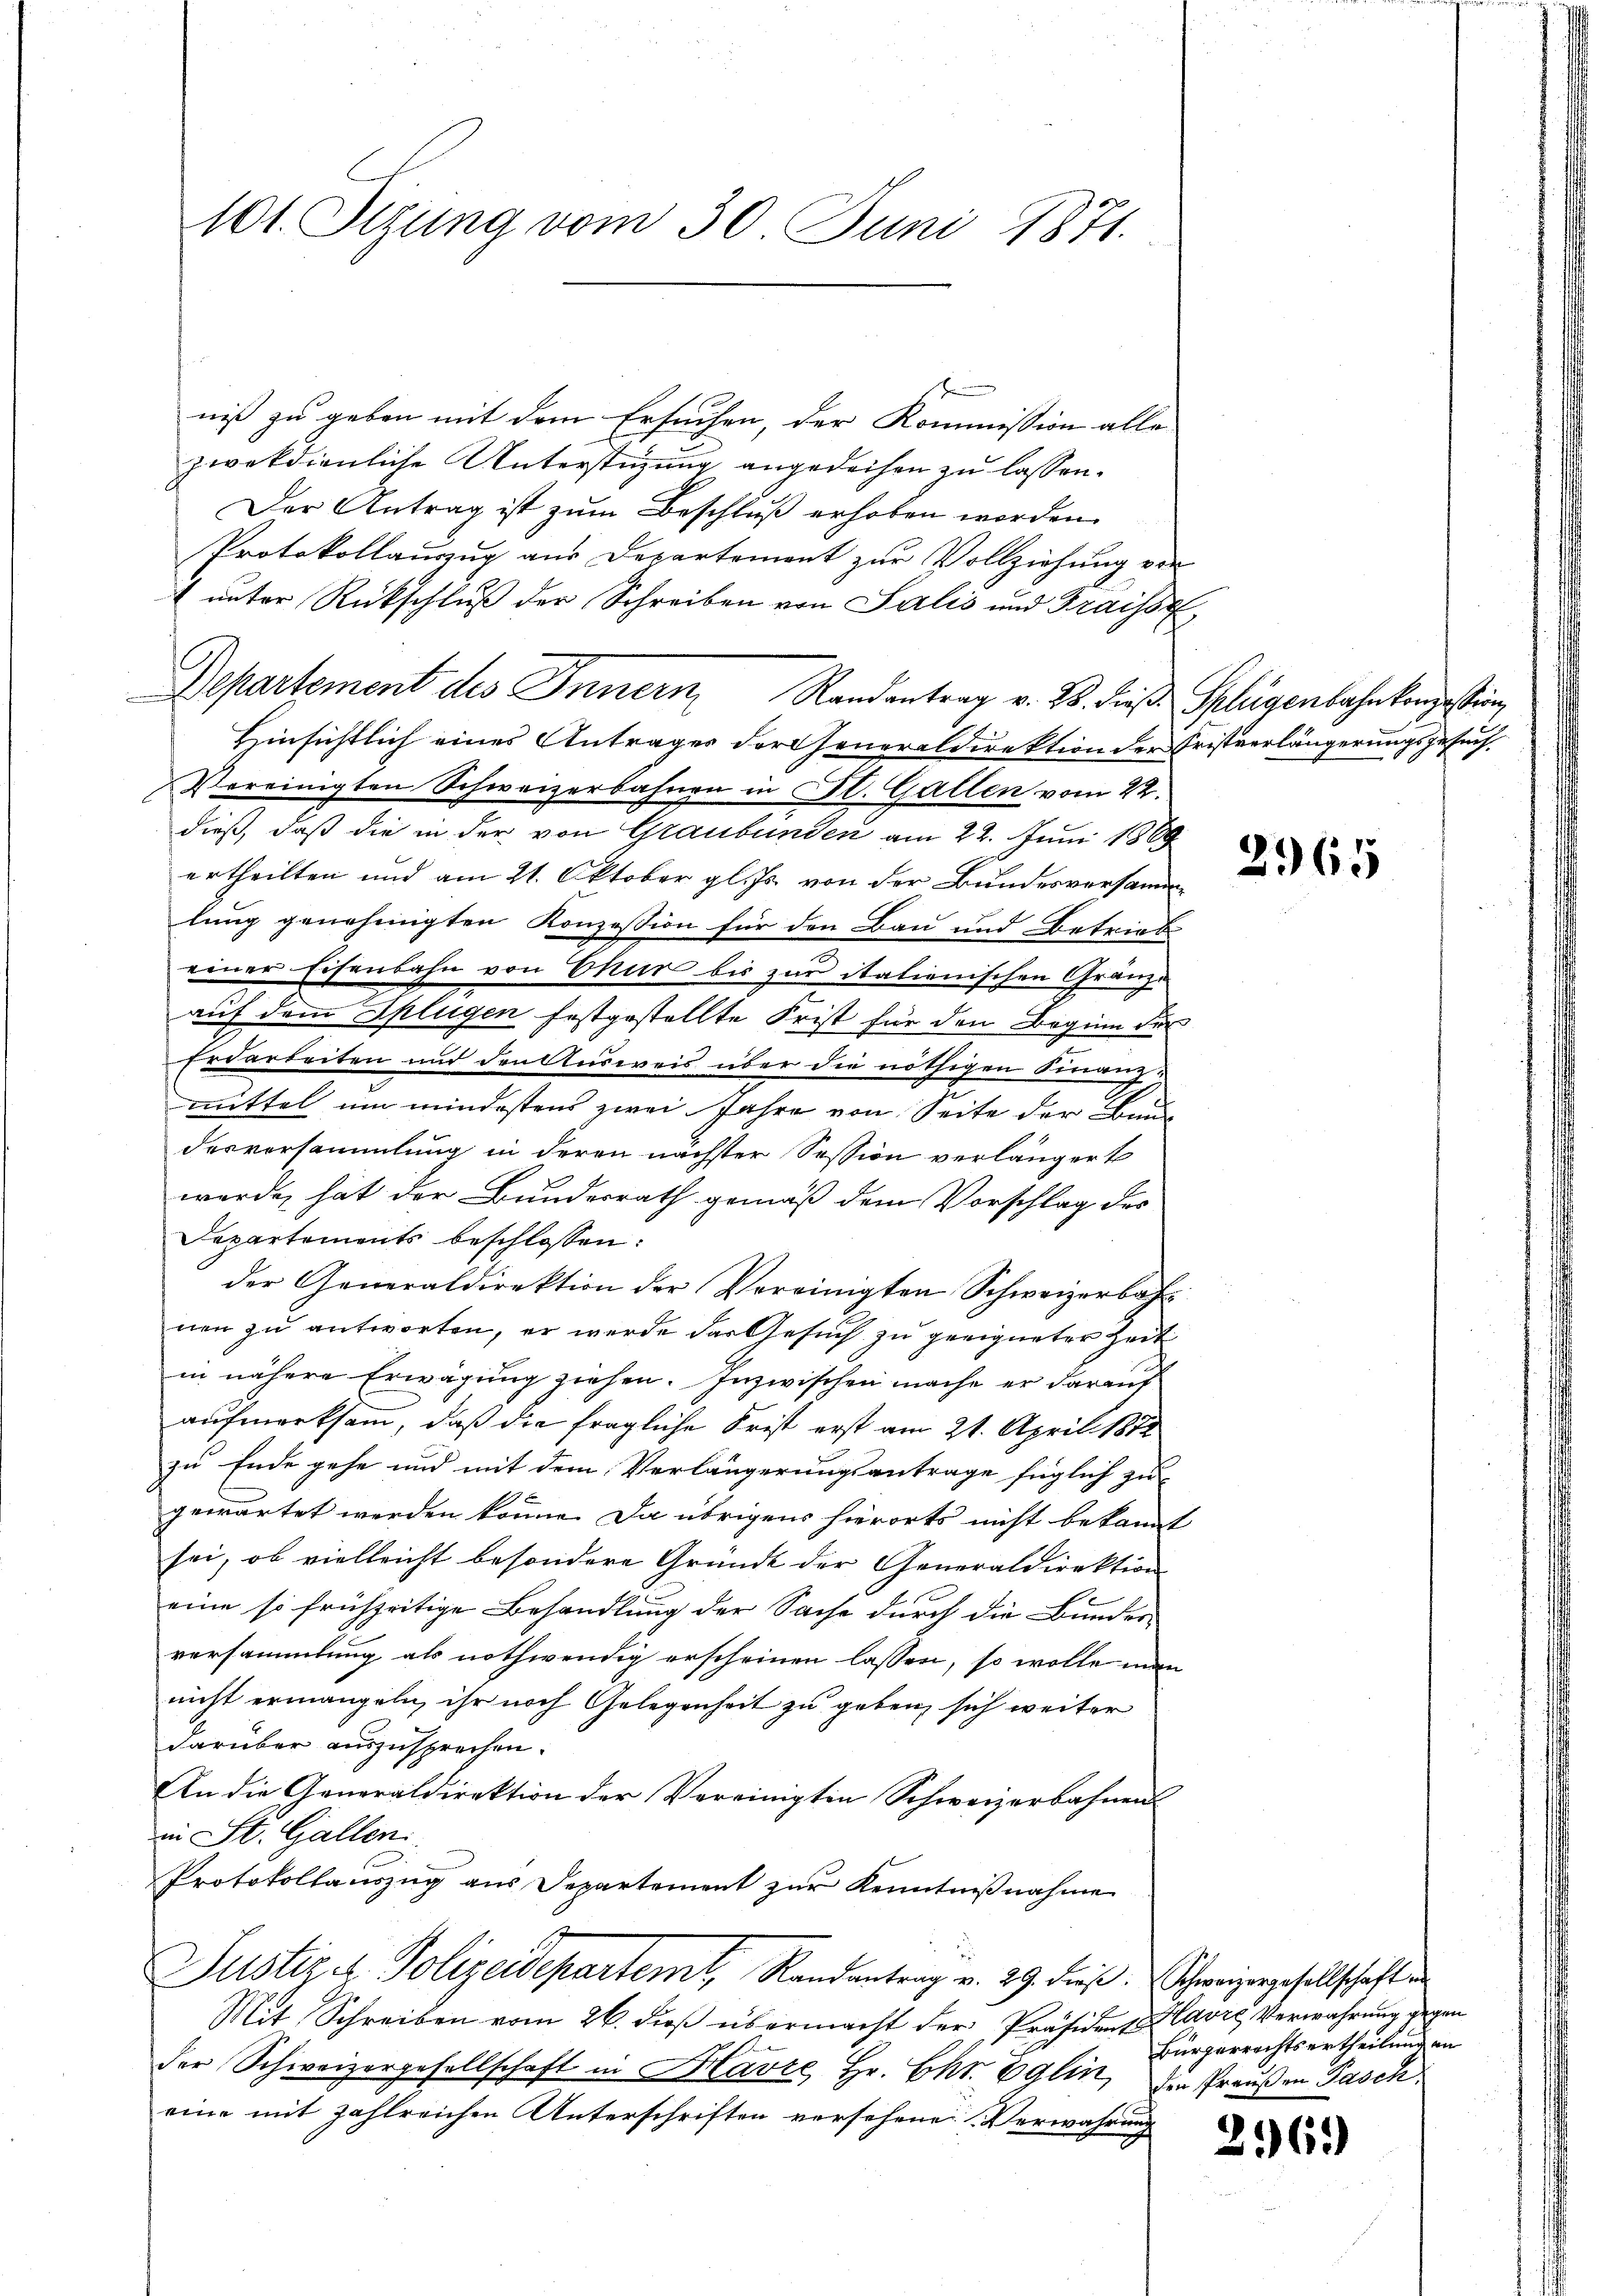
niß zu geben mit dem Ersuchen, der Kommission alle
ziekdienliche Unterstüzung angedeihen zu lassen.
Der Antrag ist zum Beschluß erhoben worden.
Protokollauszug aus Departement zur Vollziehung von
& unter Rückschluß der Schreiben von Salis und Fraisse
Departement des Innern, Randantrag v. B. dieß Splügenbahnkonzessin,
Hinsichtlich eines Antrages der Generaldirektion der Fristverlängerungsgesuch.
Vereinigten Schweizerbahnen in St. Gallen vom 22.
dieß, daß die in der von Graubünden am 22. Juni 1889
ertheilten und am 21. Oktober gl. Js. von der Bundesversammlung genehmigten Konzession für den Bau und Betriebe
einer Eisenbahn von Chur bis zur italienischen Gränze
auf dem Splügen festgestellte Frist für den Beginn der
Erdarbeiten und den Ausweis über die nöthigen Finanzmittel um mindestens zwei Jahre von Seite der Bun
desvorsammlung in deren nächster Session verlängert
werde, hat der Bundesrath gemäß dem Vorschlag des
Departements beschlossen:
der Generaldirektion der Vereinigten Schweizerbah
nen zu antworten, er werde das Gesuch zu geeigneter Zeit
in nähere Erwägung ziehen. Inzwischen mache er darauf
aufmerksam, daß die fragliche Frist erst am 21. April 1858
zu Ende gehe und mit dem Verlängerungsantrage füglich zu
gewartet werden könne. Da übrigens hierorts nicht bekannt
sei, ob vielleicht besondere Gründe der Generaldirektion
eine so frühzeitige Behandlung der Sache durch die Bunder-
versammlung als nothwendig erscheinen lassen, so wolle man
nicht ermangeln, ihr noch Gelegenheit zu geben sich weiter
darüber auszusprechen.
An die Generaldirektion der Vereinigten Schweizerbahnen
in St. Gallen.
Protokollauszug aus Separtement zur Kenntnißnahme
Justiz & Polizeidepartemt, Randantrag v. 29. dieß. Schweizergesellschaft
Mit Schreiben vom 26. dieβ übermacht der Präsident Havre Verwahrung gegen
der Schweizergesellschaft in Havre, Hr. Chr. Eglin, den Praußen Pasch.
eine mit zahlreichen Unterschriften versehene Verwahrung

101. Sizung vom 30. Juni 1871.

2965

Bürgerrechtsertheilung an

261)